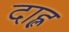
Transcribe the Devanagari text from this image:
दाह्ल